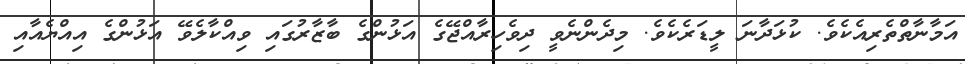
އަމާނާތްތެރިއެކެވެ. ކުޅަދާނަ ލީޑަރެކެވެ. މިދެންނެވީ ދިވެހިރާއްޖޭގެ އަޅުންގެ ބާޒާރުގައި ވިއްކާލެވޭ އަޅުންގެ އިއްޔެއާއި